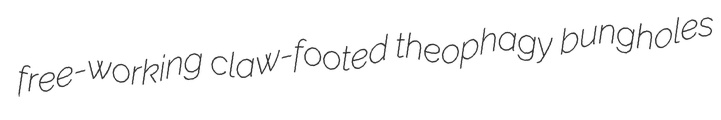
free-working claw-footed theophagy bungholes